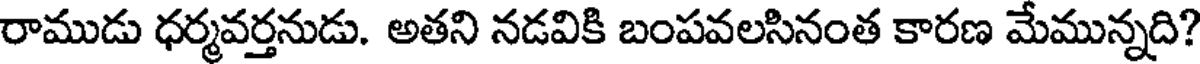
రాముడు ధర్మవర్తనుడు. అతని నడవికి బంపవలసినంత కారణ మేమున్నది?